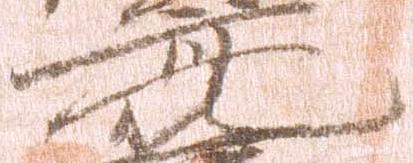
亮